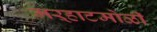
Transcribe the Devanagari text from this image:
मऱ्हाटमोळी